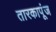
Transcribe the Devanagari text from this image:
तारकापूंज